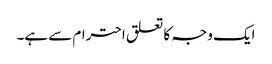
ایک وجہ کا تعلق احترام سے ہے۔